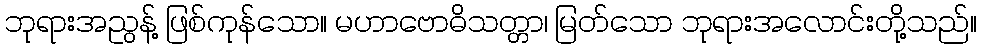
ဘုရားအညွန့် ဖြစ်ကုန်သော။ မဟာဗောဓိသတ္တာ၊ မြတ်သော ဘုရားအလောင်းတို့သည်။